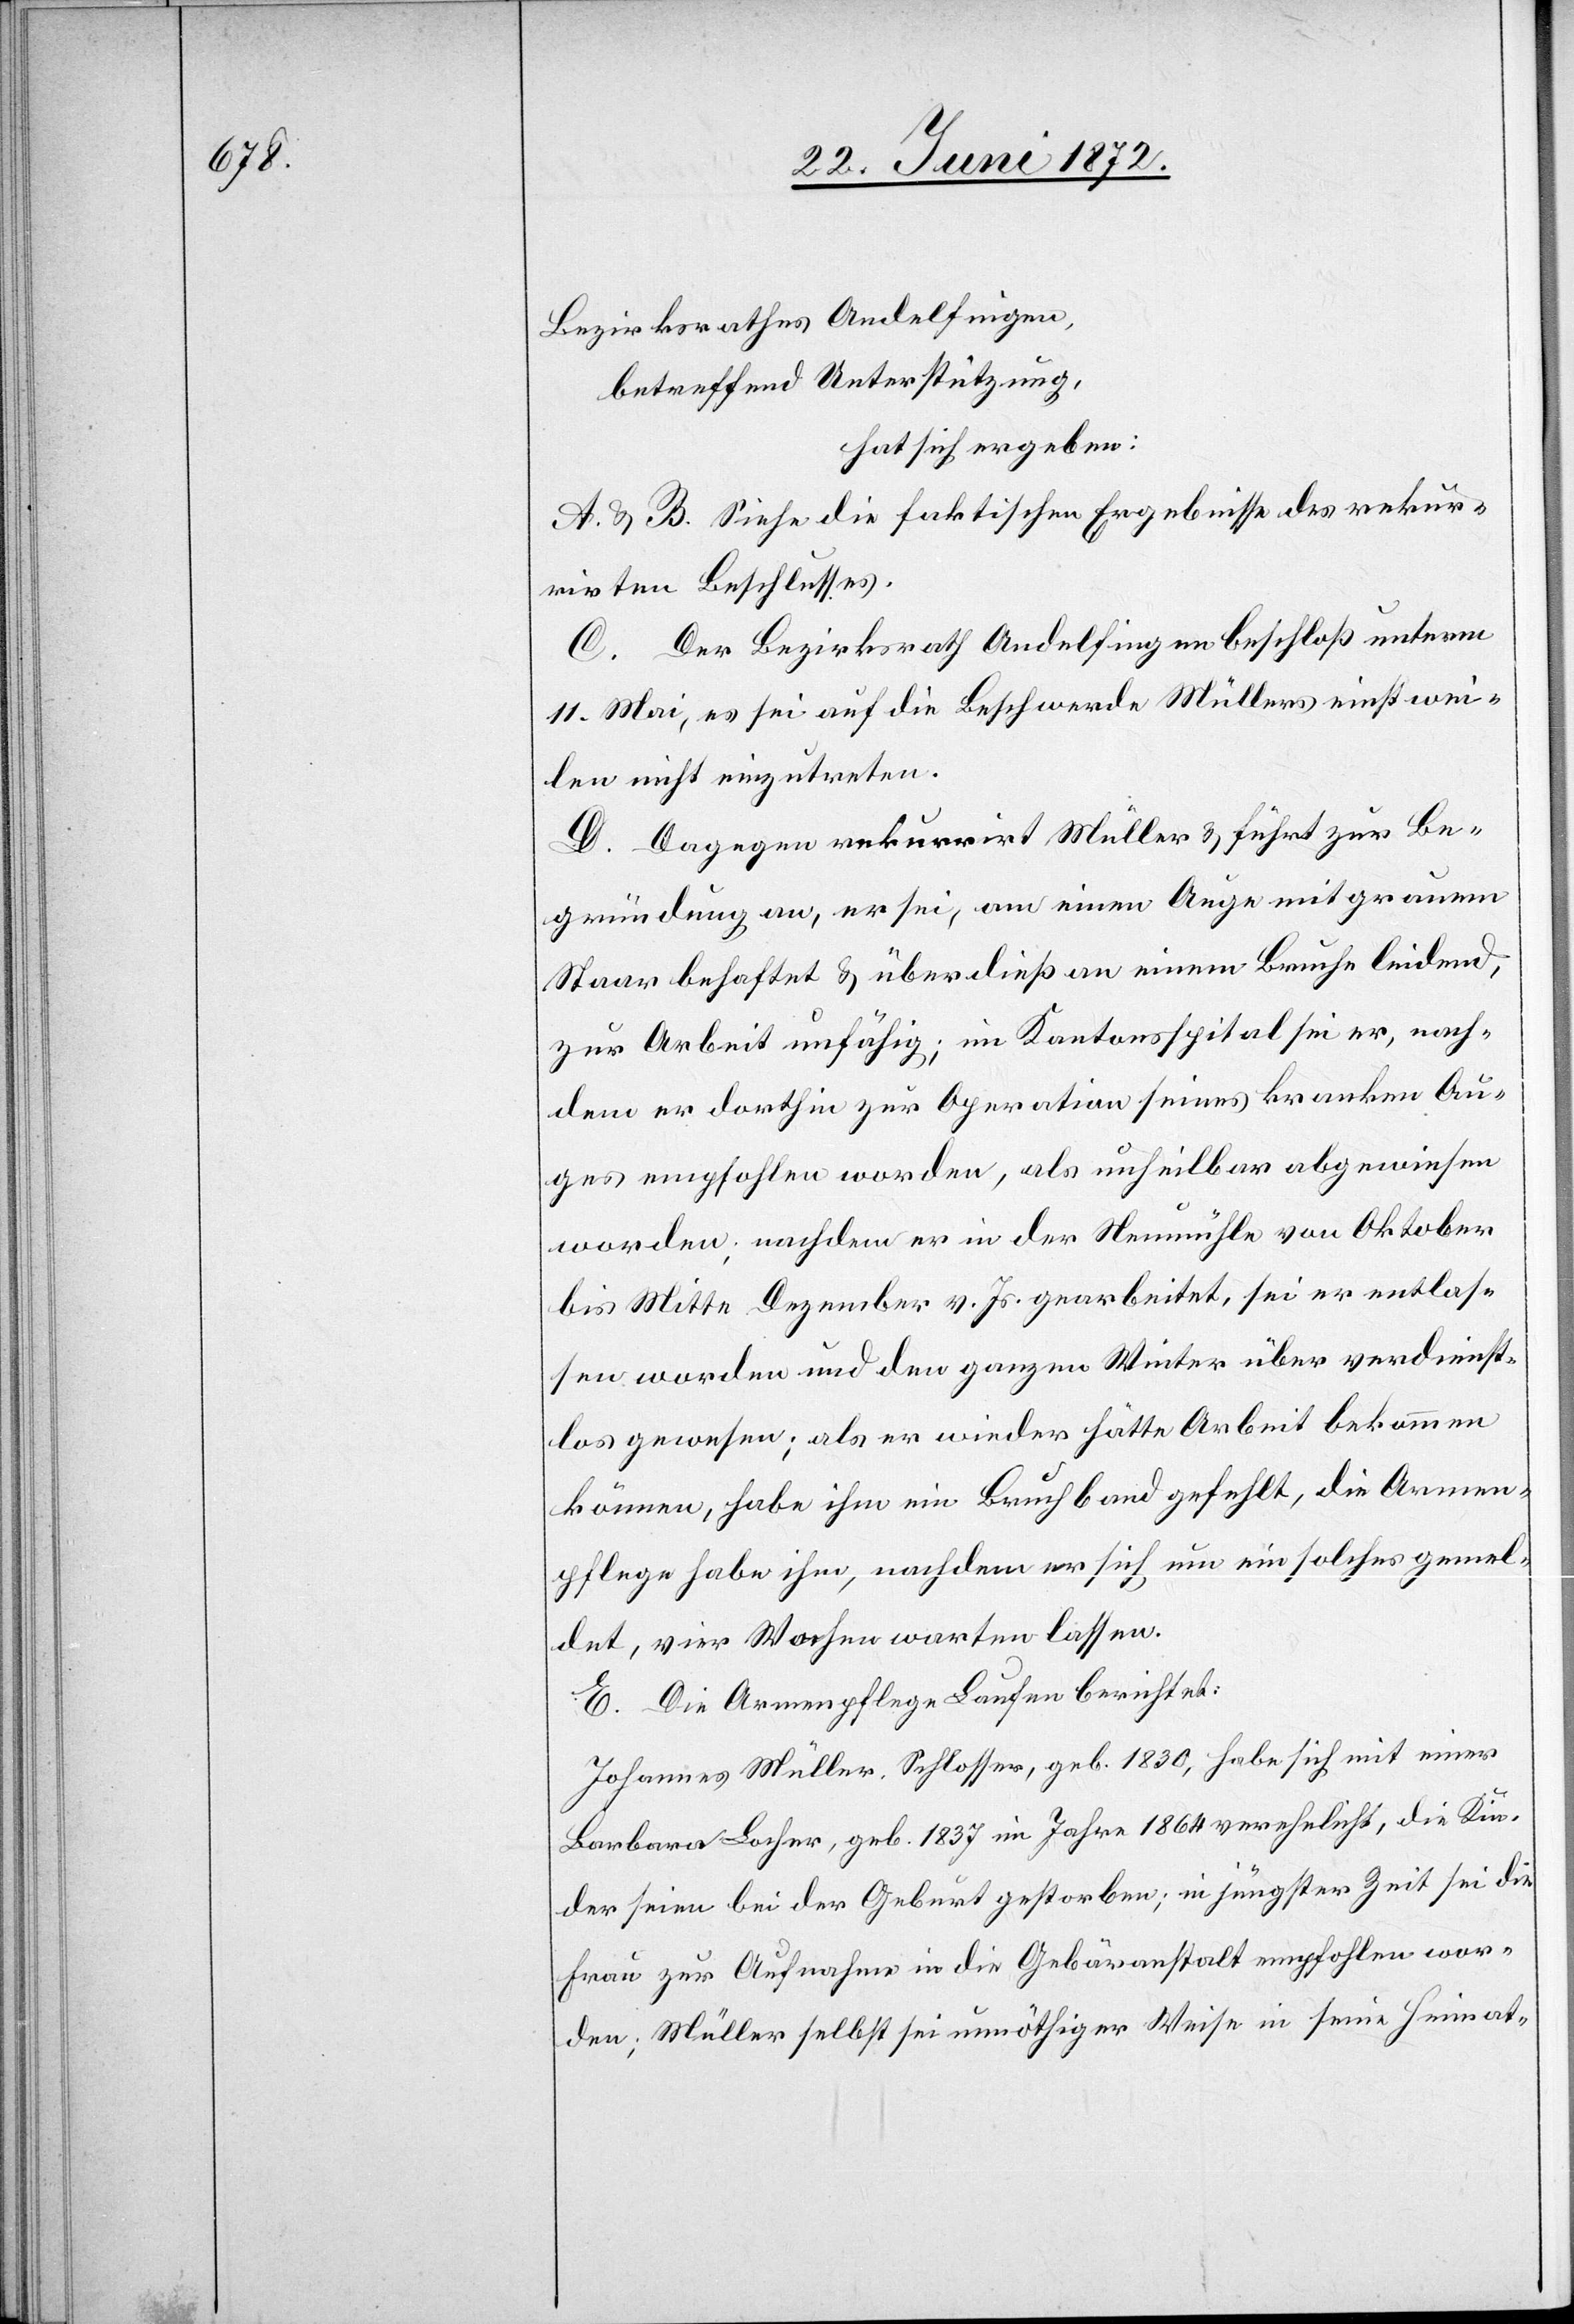
Bezirksrathes Andelfingen,
betreffend Unterstützung,
hat sich ergeben:
A. u. B. Siehe die faktischen Ergebnisse des rekur¬
rirten Beschlusses.
C. Der Bezirksrath Andelfingen beschloß unterm
11. Mai, es sei auf die Beschwerde Müllers einstwei¬
len nicht einzutreten.
D. Dagegen rekurrirt Müller u. führt zur Be¬
gründung an, er sei am einen Auge mit grauem
[sic!] behaftet u. überdieß an einem Bruche leidend,
zur Arbeit unfähig; im Kantonsspital sei er, nach¬
dem er dorthin zur Operation seines kranken Au¬
ges empfohlen worden, als unheilbar abgewiesen
worden; nachdem er in der Neumühle von Oktober
bis Mitte Dezember v. Js. gearbeitet, sei er entlas¬
sen worden und den ganzen Winter über verdienst¬
los gewesen; als er wieder hätte Arbeit bekommen
können, habe ihm ein Bruchband gefehlt, die Armen¬
pflege habe ihm [sic!], nachdem er sich um ein solches gemel¬
det, vier Wochen warten lassen.
E. Die Armenpflege Laufen berichtet:
Johannes Müller, Schlosser, geb. 1830, habe sich mit einer
Barbara Locher, geb. 1837 im Jahr 1864 verehelicht, die Kin¬
der seien bei der Geburt gestorben; in jüngster Zeit sei die
Frau zur Aufnahme in die Gebäranstalt empfohlen wor¬
den; Müller selbst sei unnöthiger Weise in seine Heimat-